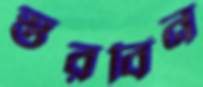
স্তরবিন